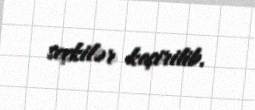
seçkilər keçirilib.